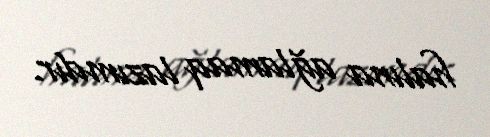
halına ağlamaq lazımdır.